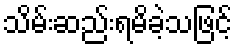
သိမ်းဆည်းရမိခဲ့သဖြင့်